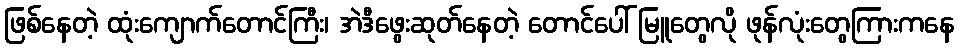
ဖြစ်နေတဲ့ ထုံးကျောက်တောင်ကြီး၊ အဲဒီဖွေးဆုတ်နေတဲ့ တောင်ပေါ် မြူတွေလို ဖုန်လုံးတွေကြားကနေ